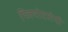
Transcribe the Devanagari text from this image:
प्लियोटरोपी